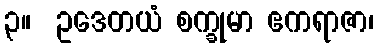
၃။  ဥဒေတယံ စက္ခုမာ ဧကရာဇာ၊